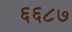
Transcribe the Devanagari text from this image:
६६८७